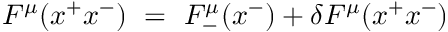
F ^ { \mu } ( x ^ { + } x ^ { - } ) ~ = ~ F _ { - } ^ { \mu } ( x ^ { - } ) + \delta F ^ { \mu } ( x ^ { + } x ^ { - } )